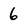
Character: 6